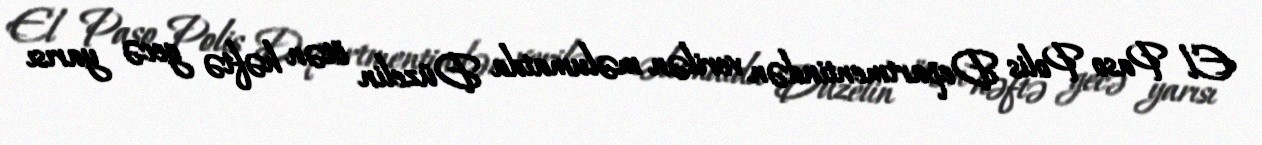
El Paso Polis Departmentindən verilən məlumatda Düzelin ötən həftə gecə yarısı